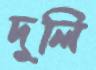
দুলি